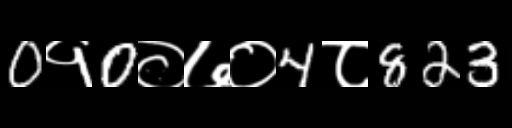
Text: 0१0०७०4८823